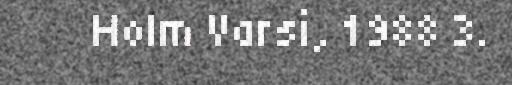
Holm Varsi, 1988 3.